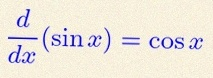
\frac{d}{dx}(\sin x)=\cos x